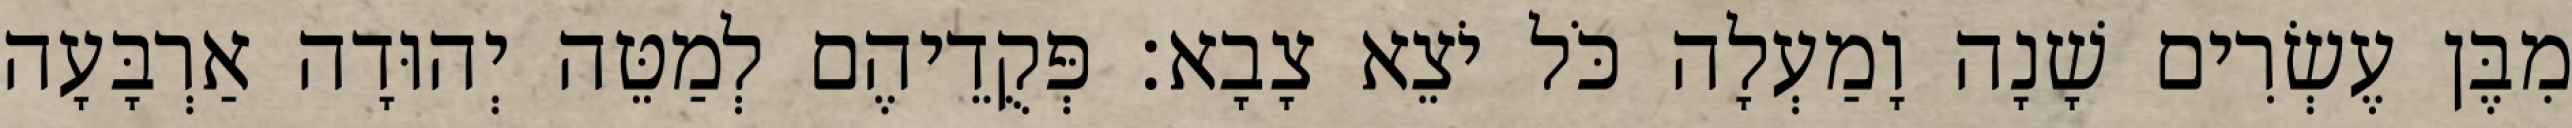
מִבֶּן עֶשְׂרִים שָׁנָה וָמַעְלָה כֹּל יֹצֵא צָבָא׃ פְּקֻדֵיהֶם לְמַטֵּה יְהוּדָה אַרְבָּעָה